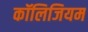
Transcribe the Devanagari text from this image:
कॉलिजियम